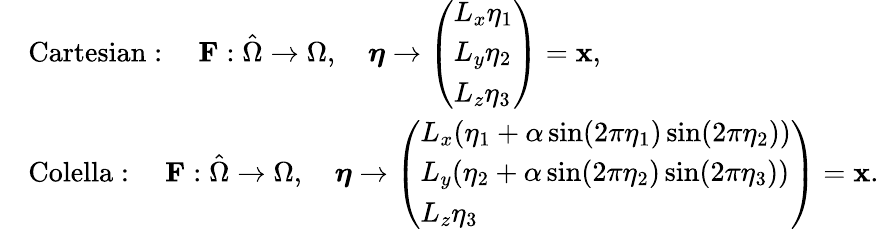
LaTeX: \begin{array}{rl}&{\mathrm{Cartesian}:\quad\mathbf{F}:\hat{\Omega}\rightarrow\Omega,\quad\boldsymbol\eta\rightarrow\left(\begin{array}{l}{L_{x}\eta_{1}}\\ {L_{y}\eta_{2}}\\ {L_{z}\eta_{3}}\end{array}\right)={\mathbf x},}\\ &{\mathrm{Colella}:\quad\mathbf{F}:\hat{\Omega}\rightarrow\Omega,\quad\boldsymbol\eta\rightarrow\left(\begin{array}{l}{L_{x}(\eta_{1}+\alpha\sin(2\pi\eta_{1})\sin(2\pi\eta_{2}))}\\ {L_{y}(\eta_{2}+\alpha\sin(2\pi\eta_{2})\sin(2\pi\eta_{3}))}\\ {L_{z}\eta_{3}}\end{array}\right)={\mathbf x}.}\end{array}